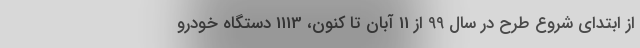
از ابتدای شروع طرح در سال 99 از 11 آبان تا کنون، 1113 دستگاه خودرو